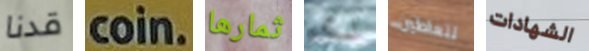
قدنا coin. ثمارها لكم تتعاطين الشهادات